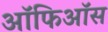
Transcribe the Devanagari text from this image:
ऑफिऑस